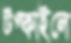
টপ্‌কাইলে